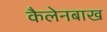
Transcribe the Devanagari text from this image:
कैलेनबाख